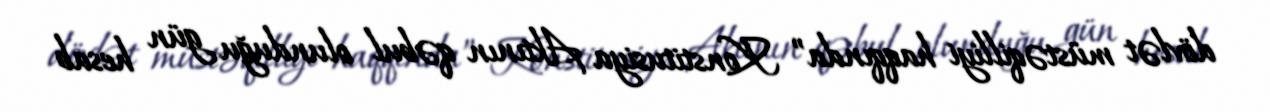
dövlət müstəqilliyi haqqında” Konstitusiya Aktının qəbul olunduğu gün hesab